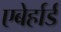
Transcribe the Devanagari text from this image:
एबेर्हार्ड